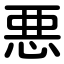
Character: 悪